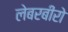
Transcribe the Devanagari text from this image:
लेबरबीरो